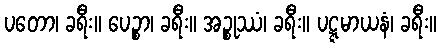
ပတော၊ ခရီး။ ပေဉ္စာ၊ ခရီး။ အဉ္စုဿံ၊ ခရီး။ ပဋ္ဋမာယနံ၊ ခရီး။